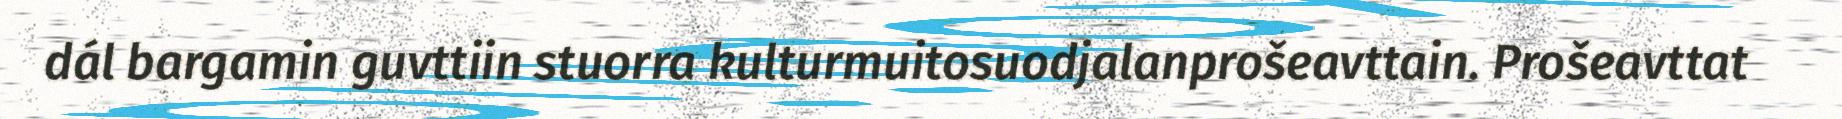
dál bargamin guvttiin stuorra kulturmuitosuodjalanprošeavttain. Prošeavttat